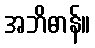
အဘိဓာန်။